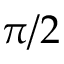
\pi / 2